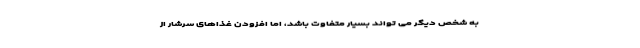
به شخص دیگر می تواند بسیار متفاوت باشد، اما افزودن غذاهای سرشار از